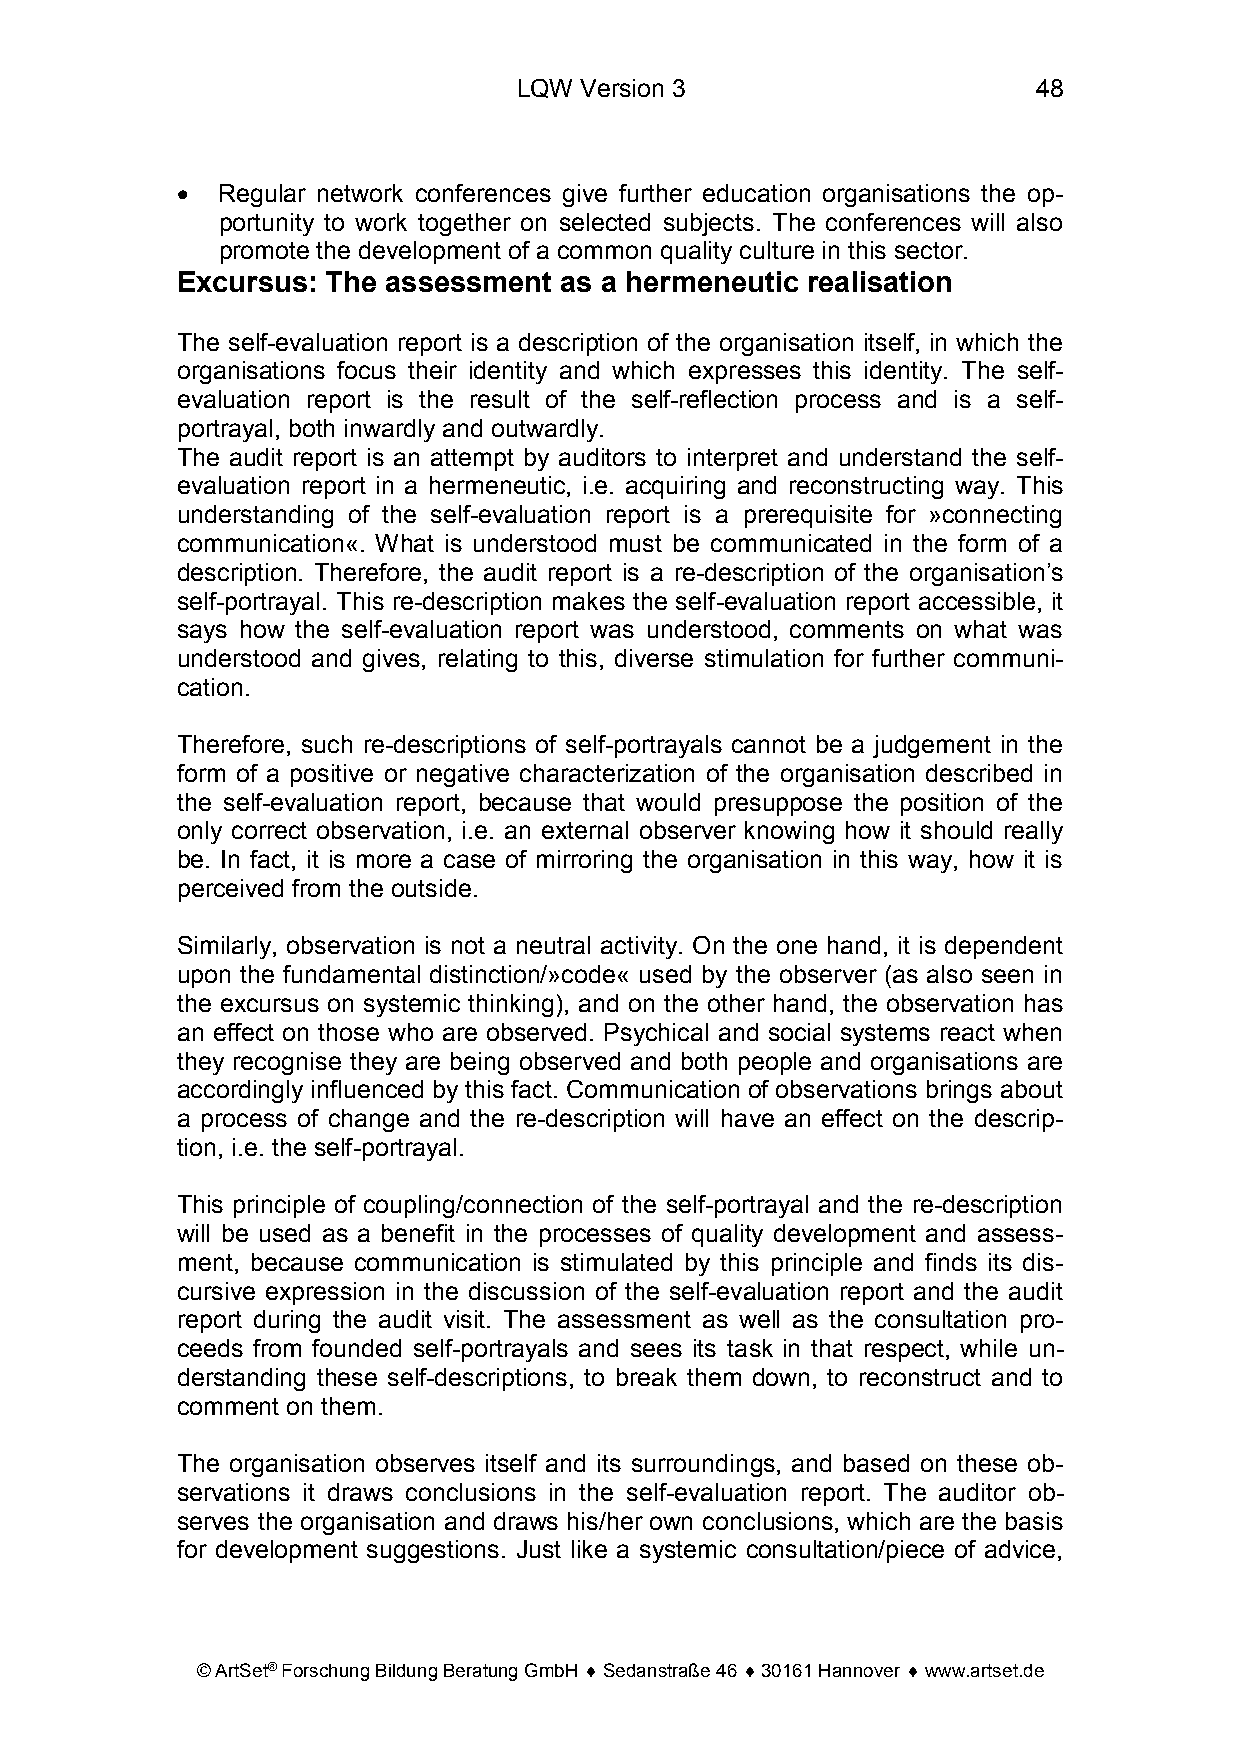
LQW Version 3                      48
 • Regular network conferences give further education organisations the op-
 portunity to work together on selected subjects. The conferences will also
 promote the development of a common quality culture in this sector.
 Excursus: The assessment as a hermeneutic realisation
 The self-evaluation report is a description of the organisation itself, in which the
 organisations focus their identity and which expresses this identity. The self-
 evaluation report is the result of the self-reflection process and is a self-
 portrayal, both inwardly and outwardly.
 The audit report is an attempt by auditors to interpret and understand the self-
 evaluation report in a hermeneutic, i.e. acquiring and reconstructing way. This
 understanding of the self-evaluation report is a prerequisite for »connecting
 communication«. What is understood must be communicated in the form of a
 description. Therefore, the audit report is a re-description of the organisation’s
 self-portrayal. This re-description makes the self-evaluation report accessible, it
 says how the self-evaluation report was understood, comments on what was
 understood and gives, relating to this, diverse stimulation for further communi-
 cation.
 Therefore, such re-descriptions of self-portrayals cannot be a judgement in the
 form of a positive or negative characterization of the organisation described in
 the self-evaluation report, because that would presuppose the position of the
 only correct observation, i.e. an external observer knowing how it should really
 be. In fact, it is more a case of mirroring the organisation in this way, how it is
 perceived from the outside.
 Similarly, observation is not a neutral activity. On the one hand, it is dependent
 upon the fundamental distinction/»code« used by the observer (as also seen in
 the excursus on systemic thinking), and on the other hand, the observation has
 an effect on those who are observed. Psychical and social systems react when
 they recognise they are being observed and both people and organisations are
 accordingly influenced by this fact. Communication of observations brings about
 a process of change and the re-description will have an effect on the descrip-
 tion, i.e. the self-portrayal.
 This principle of coupling/connection of the self-portrayal and the re-description
 will be used as a benefit in the processes of quality development and assess-
 ment, because communication is stimulated by this principle and finds its dis-
 cursive expression in the discussion of the self-evaluation report and the audit
 report during the audit visit. The assessment as well as the consultation pro-
 ceeds from founded self-portrayals and sees its task in that respect, while un-
 derstanding these self-descriptions, to break them down, to reconstruct and to
 comment on them.
 The organisation observes itself and its surroundings, and based on these ob-
 servations it draws conclusions in the self-evaluation report. The auditor ob-
 serves the organisation and draws his/her own conclusions, which are the basis
 for development suggestions. Just like a systemic consultation/piece of advice,
 © ArtSet® Forschung Bildung Beratung GmbH ♦ Sedanstraße 46 ♦ 30161 Hannover ♦ www.artset.de